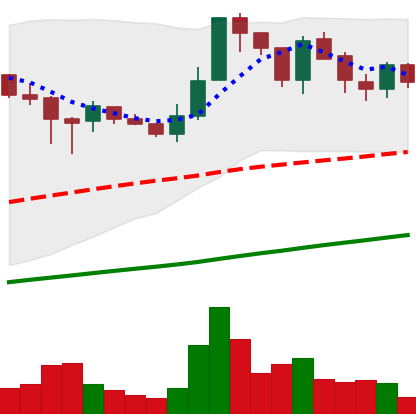
Ticker: LTC-USD
Chart end date: 2017-07-13
Forward return: -4.372%
Label: down_3_5